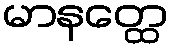
မာနတ္ထေ